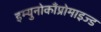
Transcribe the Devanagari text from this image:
इम्युनोकाँप्रोमाइज्ड